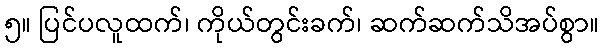
၅။ ပြင်ပလူထက်၊ ကိုယ်တွင်းခက်၊ ဆက်ဆက်သိအပ်စွာ။